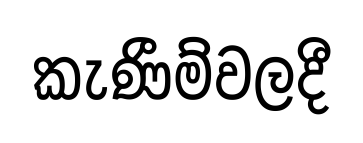
කැණීම්වලදී